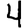
Digit: 4